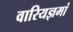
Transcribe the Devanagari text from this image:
वारियज्ञमां